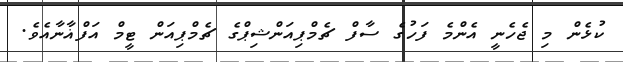
ކުޅެން މި ޖެހެނީ އެންމެ ފަހުގެ ސާފް ޗެމްޕިއަންޝިޕްގެ ޗެމްޕިއަން ޓީމް އަފްޣާނާއެވެ.